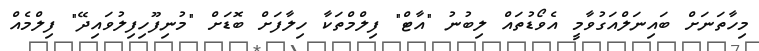
މިހާތަނަށް ބައިނަލްއަގުވާމީ އެވޯޑުތައް ލިބުނު "އާޓް" ފިލްމްތަކާ ހިލާފަށް ބޮޑަށް "މުނިފޫހިފިލުވައިދޭ" ފިލްމެއް